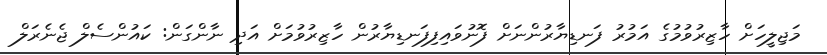
މަޖިލީހަށް ހާޒިރުުވުމުގެ އަމުރު ފަނޑިޔާރުންނަށް ފޮނުވައިފިފަނޑިޔާރުން ހާޒިރުވުމަށް އަދި ނާންގަން: ކައުންސެލް ޖެނެރަލް